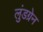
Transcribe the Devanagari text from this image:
लुंडग्रेन